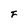
Character: F